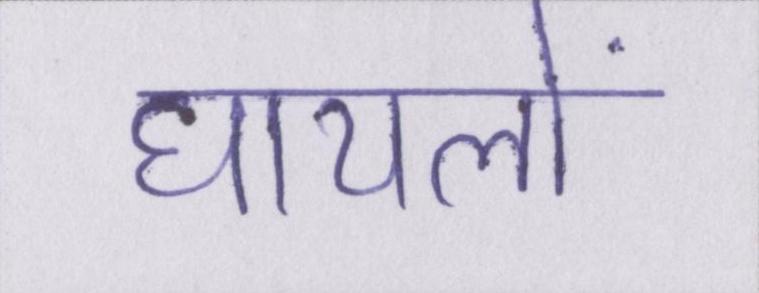
घायलों